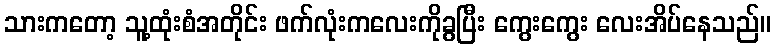
သားကတော့ သူ့ထုံးစံအတိုင်း ဖက်လုံးကလေးကိုခွပြီး ကွေးကွေး လေးအိပ်နေသည်။